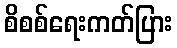
စိစစ်ရေးကတ်ပြား